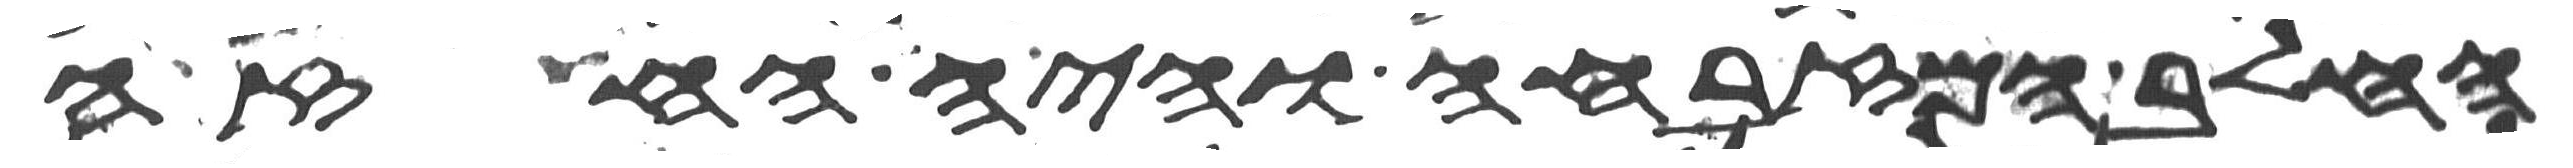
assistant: החלב המזבחה והיה החזה